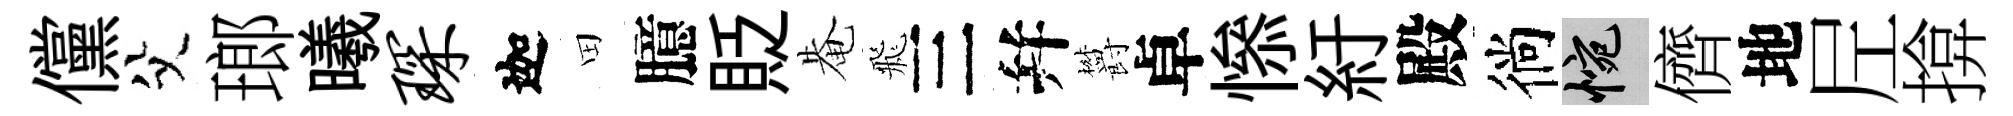
儻父瑯曦琛迦田臆貶𤲅飛三幷欝卓𢡖紆殿徜惋儕地𡰱揜